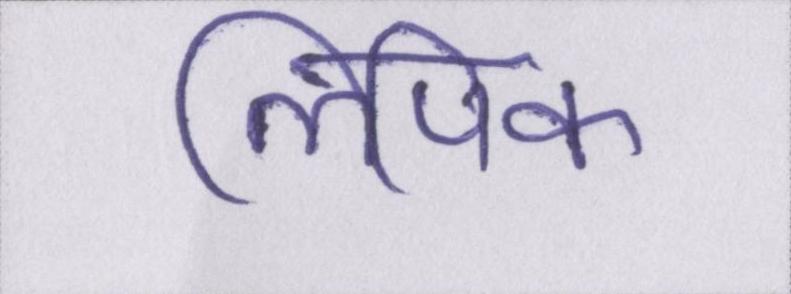
लिपिक